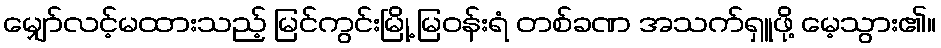
မျှော်လင့်မထားသည့် မြင်ကွင်းမြို့ မြဝန်းရံ တစ်ခဏ အသက်ရှူဖို့ မေ့သွား၏။